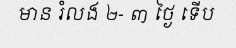
មាន រំលង ២- ៣ ថ្ងៃ ទើប